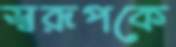
স্বরূপকে